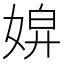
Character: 𡞌